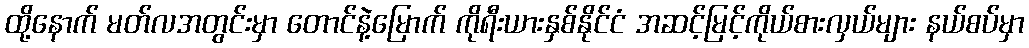
ထို့နောက် မတ်လအတွင်းမှာ တောင်နဲ့မြောက် ကိုရီးယားနှစ်နိုင်ငံ အဆင့်မြင့်ကိုယ်စားလှယ်များ နယ်စပ်မှာ